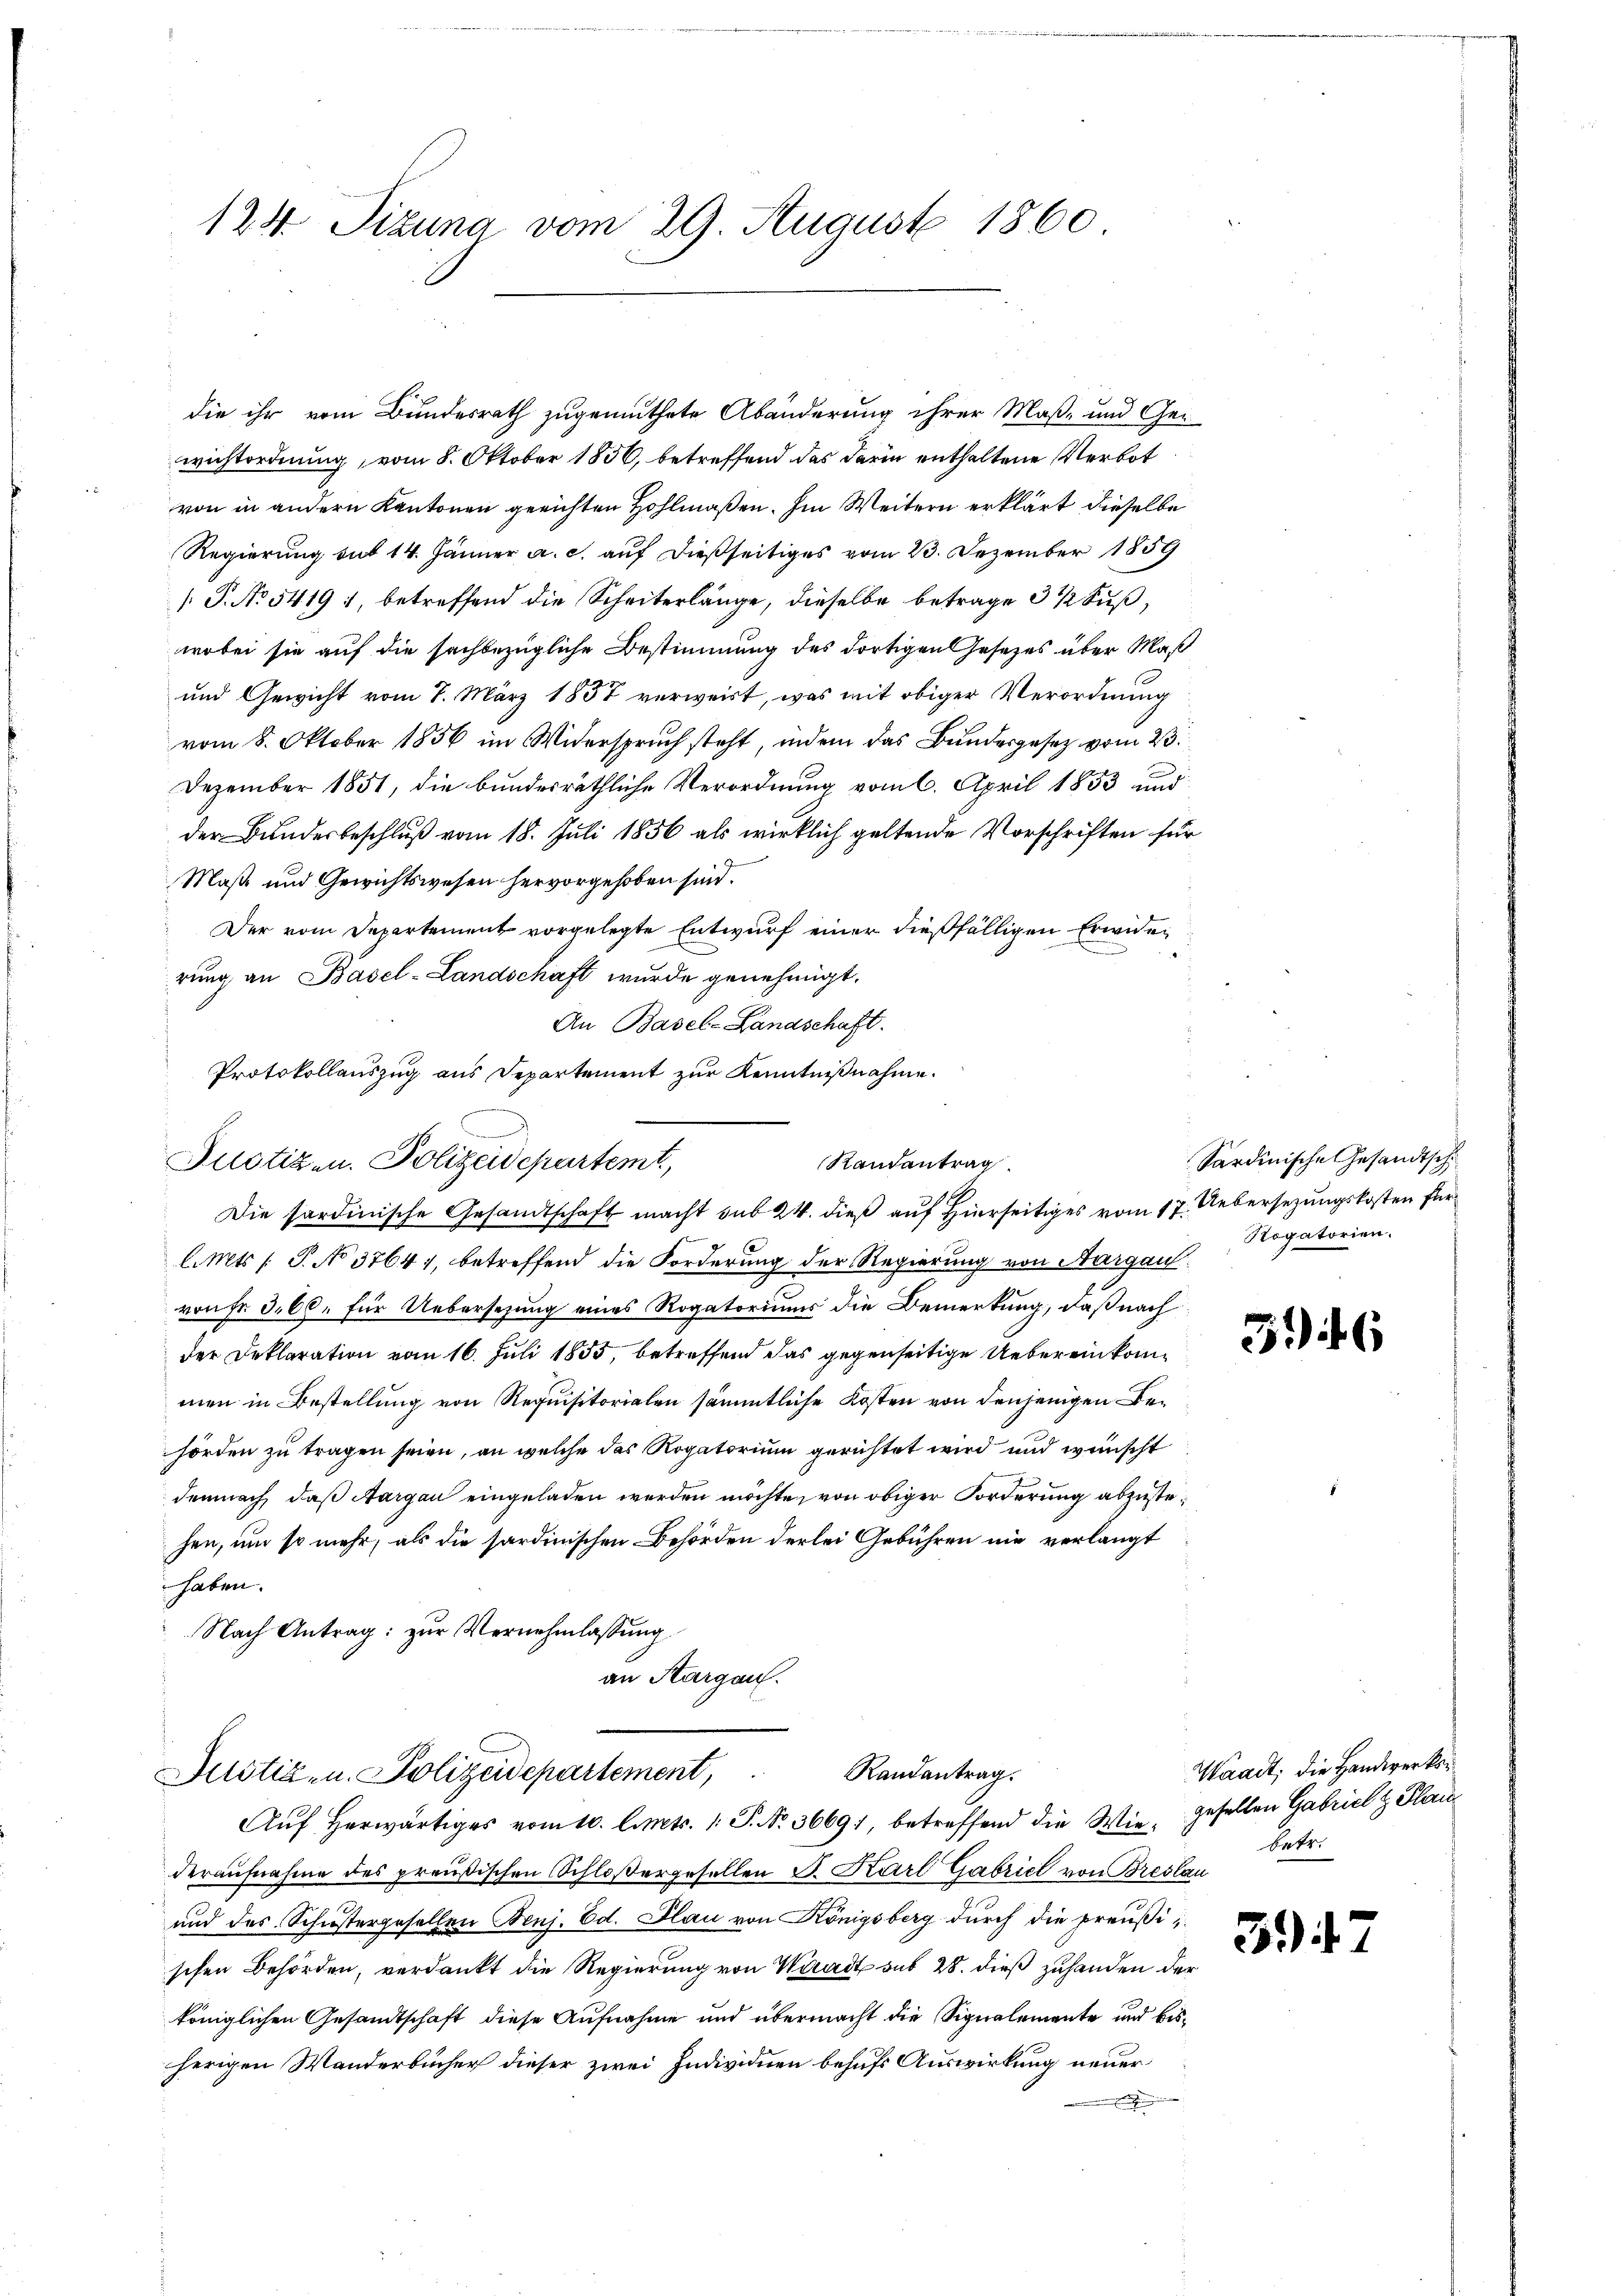
124 Sizung vom 29. August 1860

die ihr vom Bundesrath zugemuthete Abänderung ihrer Maß- und Gewichtordnung, vom 8. Oktober 1856, betreffend das darin enthaltene Verbot
von in andern Kantonen gerichten Hohlmaßen. Im Weitern erklärt dieselbe
Regierung mit 14. Jänner a. c. auf dießseitiges vom 23. Dezember 1859
[P. No 5419 1, betreffend die Scheiterlänge, dieselbe betrage 3 1/2 Fuß,
wobei sie auf die sachbezügliche Bestimmung des dortigen Gesetzes über Maß
und Gewicht vom 7. März 1857 verweist, was mit obiger Verordnung
vom 8. Oktober 1856 im Widerspruch steht, indem das Bundesgesetz vom 23.
Dezember 1851, die bundesräthliche Verordnung vom 6. April 1853 und
der Bundesbeschluß vom 18. Juli 1856 als wirklich geltende Vorschriften für
Maße und Gewichtswesen hervorgehoben sind.
Der vom Departement vorgelegte Entwurf einer dießfälligen Erwider
rung an Basel-Landschaft wurde genehmigt.
An Basel-Landschaft.
Protokollauszug aus Departement zur Kenntnißnahme.
Justizen. Polizeidepartemt,
Randantrag
Die sordinische Gesandtschaft macht sub 24. dieß auf Hierseitiges vom 17. Uebersezungskosten für
lmts [ P. No 3764), betreffend die Forderung der Regierung von Aargau
von Fr. 366. für Uebersezung eines Rogatoriums die Bemerkung, daß nach
der Deklaration vom 16. Juli 1855, betreffend das gegenseitige Uebereinkommen in Bestellung von Requisitorialen sämmtliche Kosten von denjenigen Behörden zu tragen seien, an welche das Rogatorium gerichtet wird und wünscht
demnach, daß Aargau eingeladen werden möchte, von obiger Forderung abzustehen, um so mehr, als die sardinischen Behörden derlei Gebühren nie verlangt
haben.
Nach Antrag: zur Vernehmlassung

an Sargau.
Randantrag.
Justiz- u. Polizeidepartement,
Auf herwärtiges vom 10. Aprts. 1. P. Nr. 3669), betreffend die Wie gesellen Gabriel & Plai

deraufnahme des preußischen Schloßergesellen S. Karl Gabriel von Breslau
und des Schustergesellen Benj. Ed. Plan von Königsberg durch die preußischen Behörden, verdankt die Regierung von Waadt sub 28. dieß zuhanden der
königlichen Gesandtschaft diese Aufnahme und übermacht die Signalemente und bisherigen Wanderbücher dieser zwei Individuen behufs Auswirkung neuer
h

Sardinische Gesandtsch
Rogatorien.

36

Waadt, die Handwerksbetr.

3